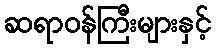
ဆရာဝန်ကြီးများနှင့်